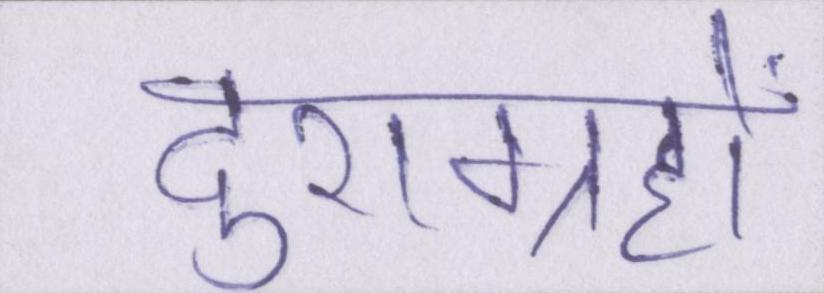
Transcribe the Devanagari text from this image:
दुराग्रहों